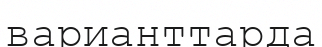
варианттарда